Plague in India, 1896, 1897 - Volume 1
Year: 1896
Disease focus: Plague
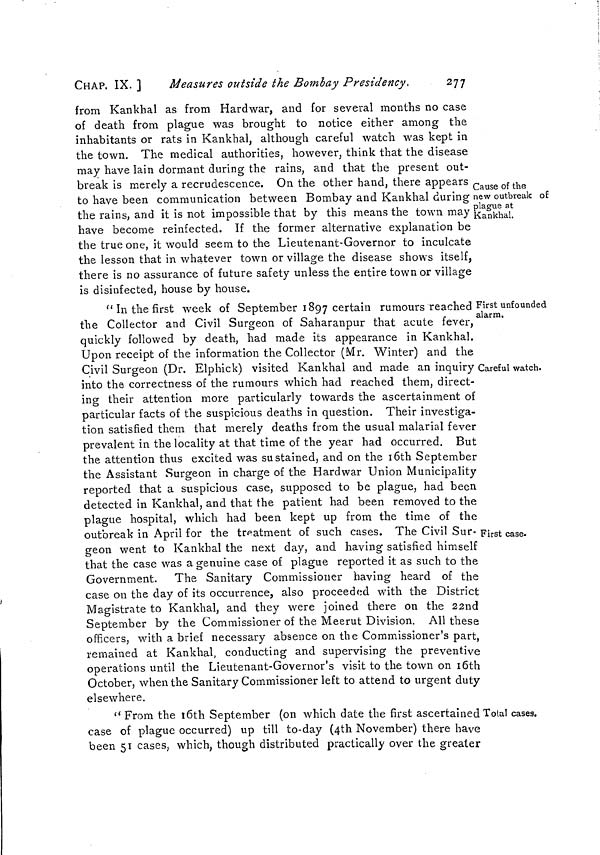
CHAP. IX. ]
Measures outside the Bombay Presidency,
277
Cause of the
new outbreak of
plague at
Kankhal.
from Kankhal as from Hardwar, and for several months no case
of death from plague was brought to notice either among the
inhabitants or rats in Kankhal, although careful watch was kept in
the town. The medical authorities, however, think that the disease
may have lain dormant during the rains, and that the present out-
break is merely a recrudescence. On the other hand, there appears
to have been communication between Bombay and Kankhal during :
the rains, and it is not impossible that by this means the town may
have become reinfected. If the former alternative explanation be
the true one, it would seem to the Lieutenant-Governor to inculcate
the lesson that in whatever town or village the disease shows itself,
there is no assurance of future safety unless the entire town or village
is disinfected, house by house.
First unfounded
alarm.
Careful watch.
First case.
" In the first week of September 1897 certain rumours reached
the Collector and Civil Surgeon of Saharanpur that acute fever,
quickly followed by death, had made its appearance in Kankhal.
Upon receipt of the information the Collector (Mr. Winter) and the
Civil Surgeon (Dr. Elphick) visited Kankhal and made an inquiry
into the correctness of the rumours which had reached them, direct-
ing their attention more particularly towards the ascertainment of
particular facts of the suspicious deaths in question. Their investiga-
tion satisfied them that merely deaths from the usual malarial fever
prevalent in the locality at that time of the year had occurred. But
the attention thus excited was sustained, and on the 16th September
the Assistant Surgeon in charge of the Hardwar Union Municipality
reported that a suspicious case, supposed to be plague, had been
detected in Kankhal, and that the patient had been removed to the
plague hospital, which had been kept up from the time of the
outbreak in April for the treatment of such cases. The Civil Sur-
geon went to Kankhal the next day, and having satisfied himself
that the case was a genuine case of plague reported it as such to the
Government. The Sanitary Commissioner having heard of the
case on the day of its occurrence, also proceeded with the District
Magistrate to Kankhal, and they were joined there on the 22nd
September by the Commissioner of the Meerut Division. All these
officers, with a brief necessary absence on the Commissioner's part,
remained at Kankhal, conducting and supervising the preventive
operations until the Lieutenant-Governor's visit to the town on 16th
October, when the Sanitary Commissioner left to attend to urgent duty
elsewhere.
Tolal cases.
" From the 16th September (on which date the first ascertained
case of plague occurred) up till to-day (4th November) there have
been 51 cases, which, though distributed practically over the greater